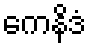
ကေနိဒံ